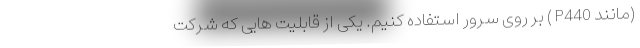
(‌مانند P440 ) بر روی سرور استفاده کنیم. یکی از قابلیت هایی که شرکت